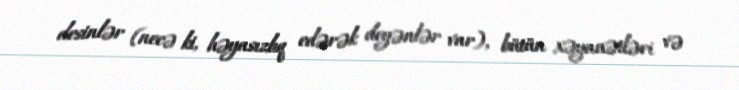
desinlər (necə ki, həyasızlıq edərək deyənlər var), bütün xəyanətləri və